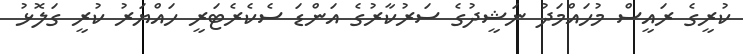
ކުރީގެ ރައީސް މުހައްމަދު ނަޝީދުގެ ސަރުކާރުގެ އަންޑަ ސެކެރެޓަރީ ހައްޔަރު ކުރީ ގަލޮޅު